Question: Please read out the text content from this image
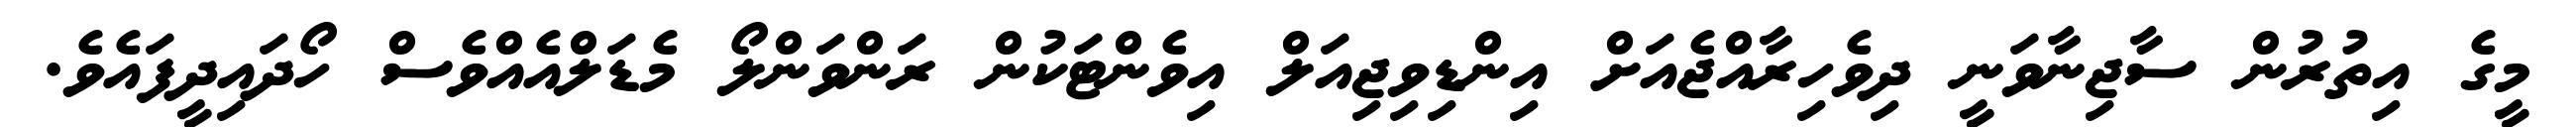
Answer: މީގެ އިތުރުން ސާޖިނާވަނީ ދިވެހިރާއްޖެއަށް އިންޑިވިޖިއަލް އިވެންޓަކުން ރަންވަންލޯ މެޑަލްއެއްވެސް ހޯދައިދީފައެވެ.